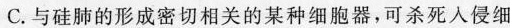
C.与硅肺的形成密切相关的某种细胞器，可杀死人侵细